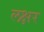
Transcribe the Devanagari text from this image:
लक्षर